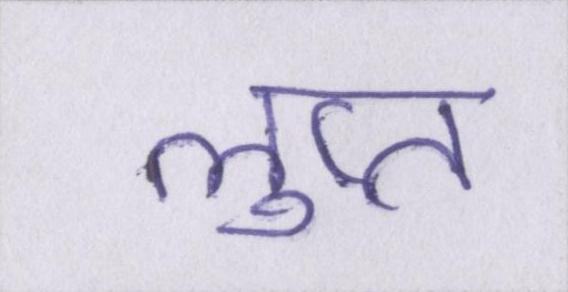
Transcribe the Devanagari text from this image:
लुप्त